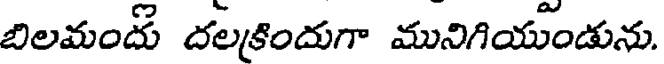
బిలమందు దలకిందుగా మునిగియుండును.